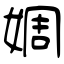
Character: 婤